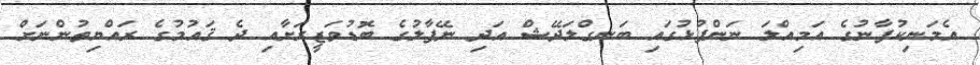
އެމަނިކުފާނުގެ އަމިއްލަ ނަންފުޅުގައި ބަނގްލަދޭޝް އަދި ނޭޕާލުގެ ބޮޑުވަޒީރަށާއި ދެ ޤައުމުގެ ރައްޔިތުންނަށް